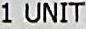
1 UNIT